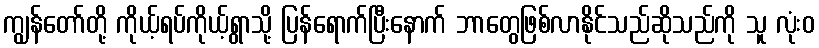
ကျွန်တော်တို့ ကိုယ့်ရပ်ကိုယ့်ရွာသို့ ပြန်ရောက်ပြီးနောက် ဘာတွေဖြစ်လာနိုင်သည်ဆိုသည်ကို သူ လုံးဝ